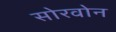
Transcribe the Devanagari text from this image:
सोरवोन